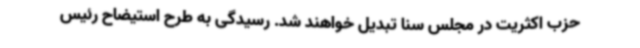
حزب اکثریت در مجلس سنا تبدیل خواهند شد. رسیدگی به طرح استیضاح رئیس